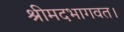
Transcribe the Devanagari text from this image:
श्रीमदभागवत।